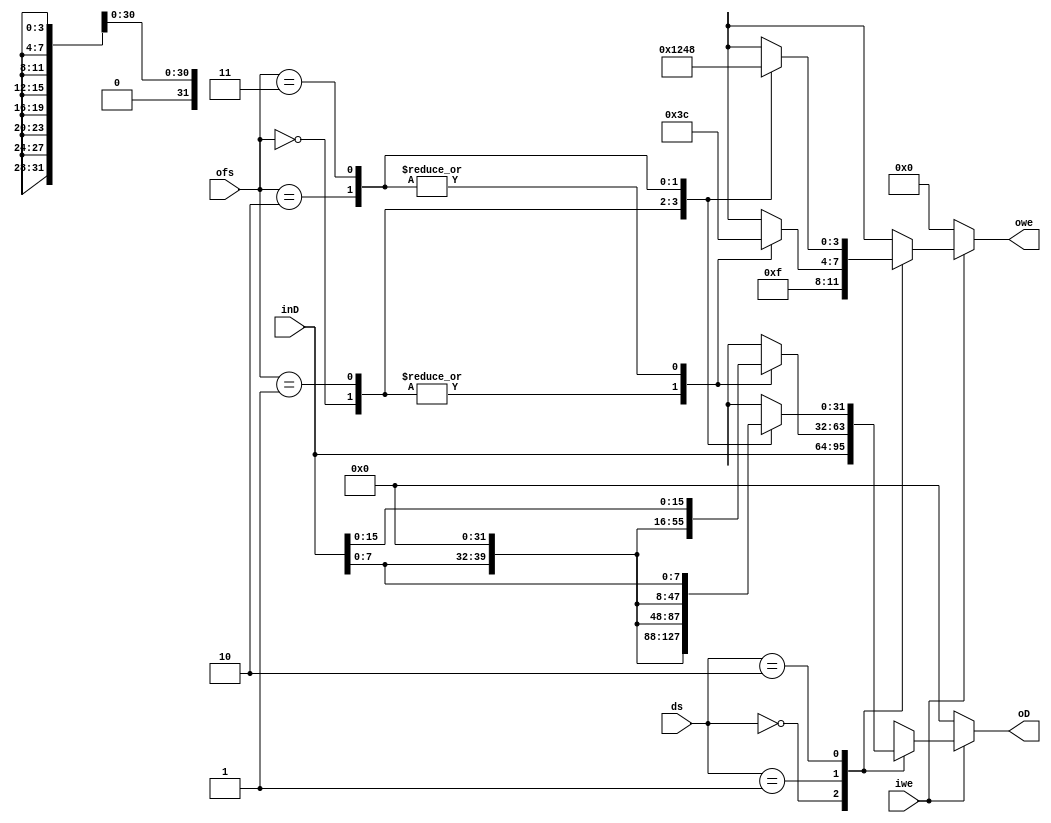
/*
 * Generated by Digital. Don't modify this file!
 * Any changes will be lost if this file is regenerated.
 */
module MemoryWDataEncoder(
    input [31:0] inD,
    input [1:0]ofs,
    input iwe,
    input [1:0] ds,
    output reg[31:0] oD,
    output reg[3:0] owe
);

always @(*)
if(iwe)
begin
  case (ds)
        2'b00: //Word
        begin
            owe=4'b1111;
            oD = inD;
        end
        2'b01: //Half-Word
        begin
            case (ofs)
              2'b00:
              begin
                owe=4'b0011;
                oD=inD<<16;
              end
              2'b01:
              begin
                owe=4'b0011;
                oD=inD<<16;
              end
              2'b10:
              begin
                owe=4'b1100;
                oD={16'b0,inD[15:0]};
              end
              2'b11:
              begin
                owe=4'b1100;
                oD={16'b0,inD[15:0]};
              end
            endcase
        end
        2'b10: //Byte
        begin
            case(ofs)
              2'b00:
              begin
                owe=4'b0001;
                oD=inD<<24;
              end
              2'b01:
              begin
                owe=4'b0010;
                oD={8'b0,inD[7:0],16'b0};
              end
              2'b10:
              begin
                owe=4'b0100;
                oD={16'b0,inD[7:0],8'b0};
              end
              2'b11:
              begin
                owe=4'b1000;
                oD={24'b0,inD[7:0]};
              end
            endcase
        end
    default: 
        begin
        owe=4'bx;
        oD=31'bx;
        end
  endcase
end else begin
    owe=4'b0000;
    oD=31'b0;
end

endmodule

module testMemoryWDataEncoder (
  input [31:0] inD,
  input [1:0] Offs,
  input mWrite,
  input [1:0] dSize,
  output [31:0] dOut,
  output [3:0] weOut
);
  // MemoryWDataEncoder
  MemoryWDataEncoder MemoryWDataEncoder_i0 (
    .inD( inD ),
    .ofs( Offs ),
    .iwe( mWrite ),
    .ds( dSize ),
    .oD( dOut ),
    .owe( weOut )
  );
endmodule